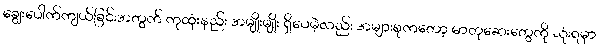
ချွေးပေါက်ကျယ်ခြင်းအတွက် ကုထုံးနည်း အမျိုးမျိုး ရှိပေမဲ့လည်း အများစုကတော့ ဓာတုဆေးတွေကို သုံးရမှာ